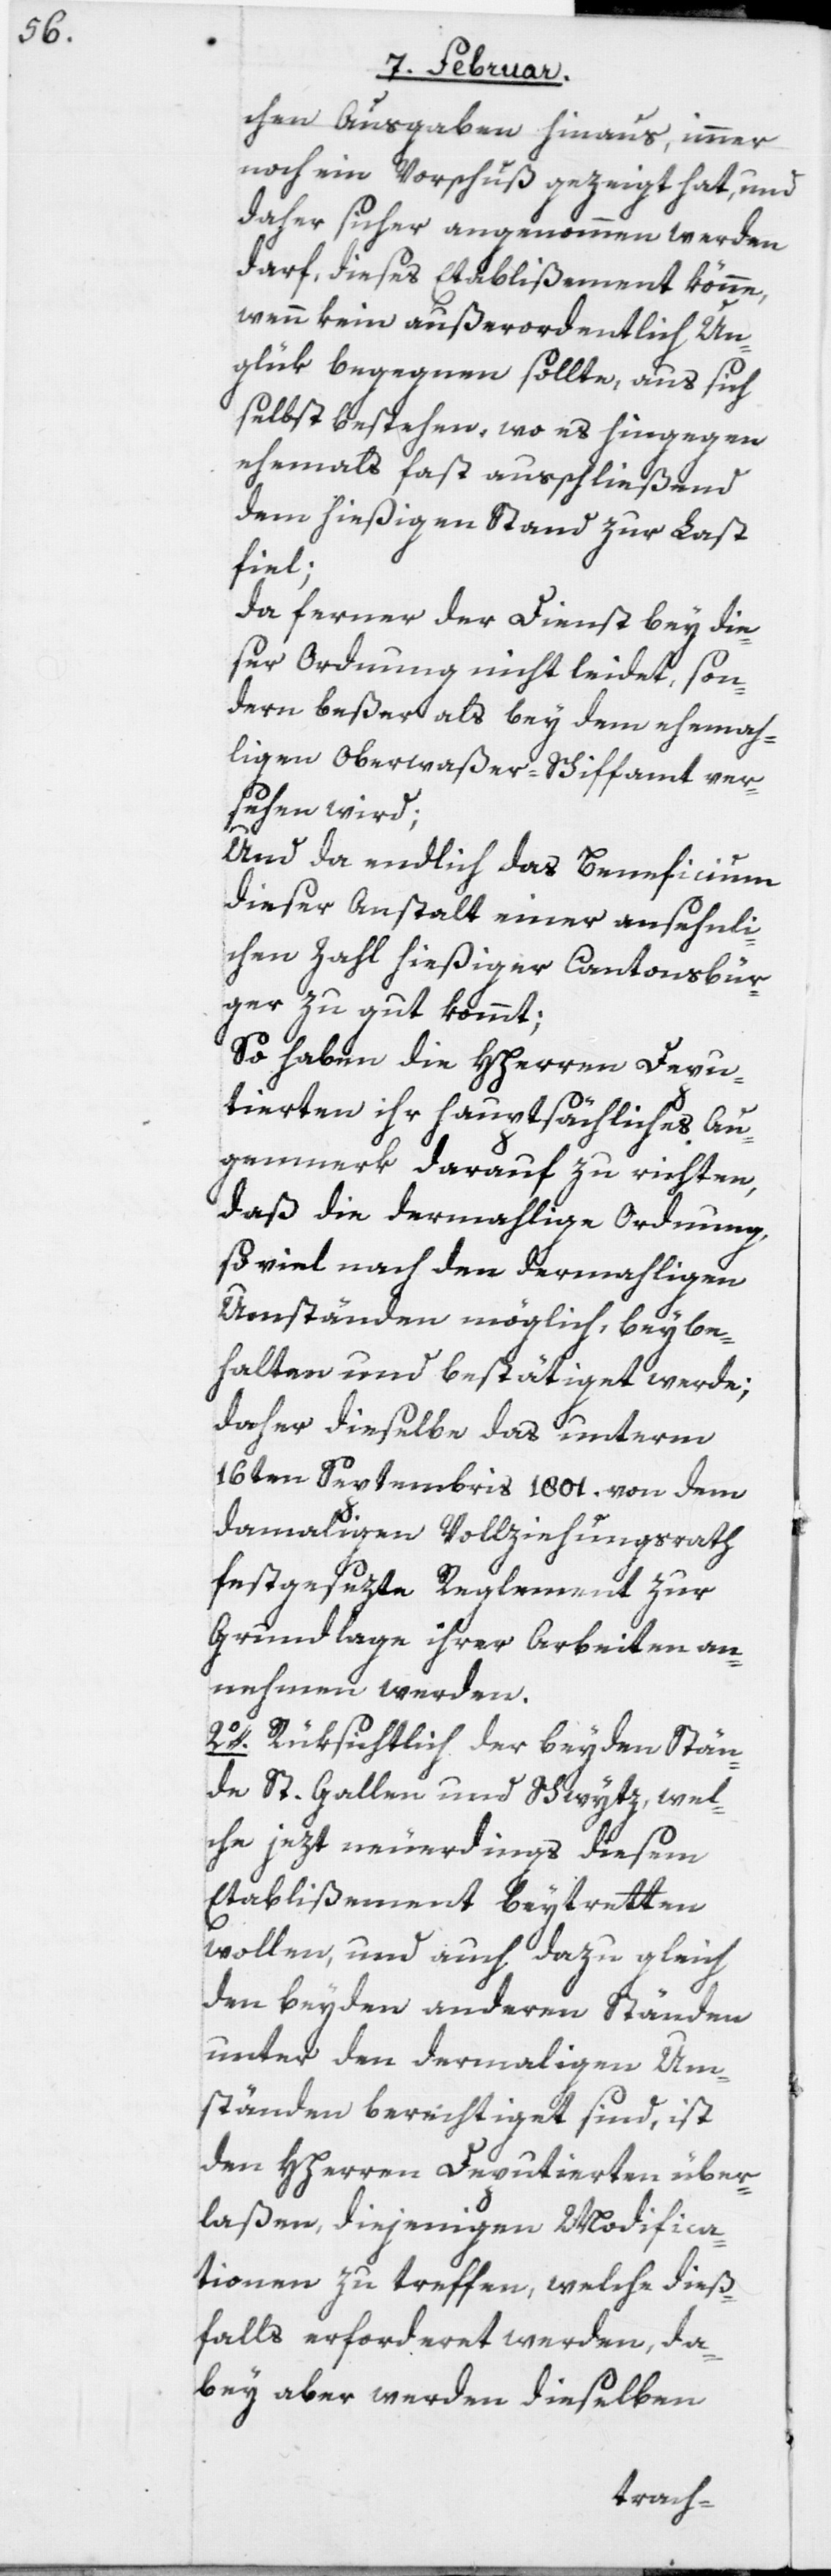
chen Ausgaben hinaus, immer
noch ein Vorschuß gezeigt hat, und
daher sicher angenommen werden
darf, dieses Etablißement könne,
wenn kein außerordentlich Un¬
glük begegnen sollte, aus sich
selbst bestehen, wo es hingegen
ehemahls fast ausschließend
dem hießigen Stand zur Last
sehen
da ferner der Dienst bey die¬
ser Ordnung nicht leidet, son¬
dern beßer als bey dem ehemah¬
ligen Oberwaßer-Schiffamt ver¬
und da endlich das Beneficium
dieser Anstalt einer ansehnli¬
chen Zahl hießiger Cantonsbür¬
ger zu gut kommt;
so haben die Hherren Depu¬
tierten ihr hauptsächliches Au¬
genmerk darauf zu richten,
daß die dermahlige Ordnung,
so viel nach den dermahligen
Umständen möglich, beybe¬
halten und bestätiget werde;
daher dieselbe das unterm
16ten Septembris 1801. von dem
damaligen Vollziehungsrath
festgesetzte Reglement zur
Grundlage ihrer Arbeiten an¬
nehmen werden.
2o. Rüksichtlich der beyden Stän¬
de St. Gallen und Schwytz, wel¬
che jetzt neuerdings diesem
Etablißement beytretten
wollen, und auch dazu gleich
den beyden anderen Ständen
unter den dermaligen Um¬
ständen berechtiget sind, ist
den Hherren Deputierten über¬
laßen, diejenigen Modifica¬
tionen zu treffen, welche dieß¬
falls erforderet werden, da¬
bey aber werden dieselben